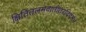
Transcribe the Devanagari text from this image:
क्षितितलमवातीतरदिदम्।।